Civil Veterinary Dept. Bombay admin report 1923-31 - 1923-1931
Year: 1923
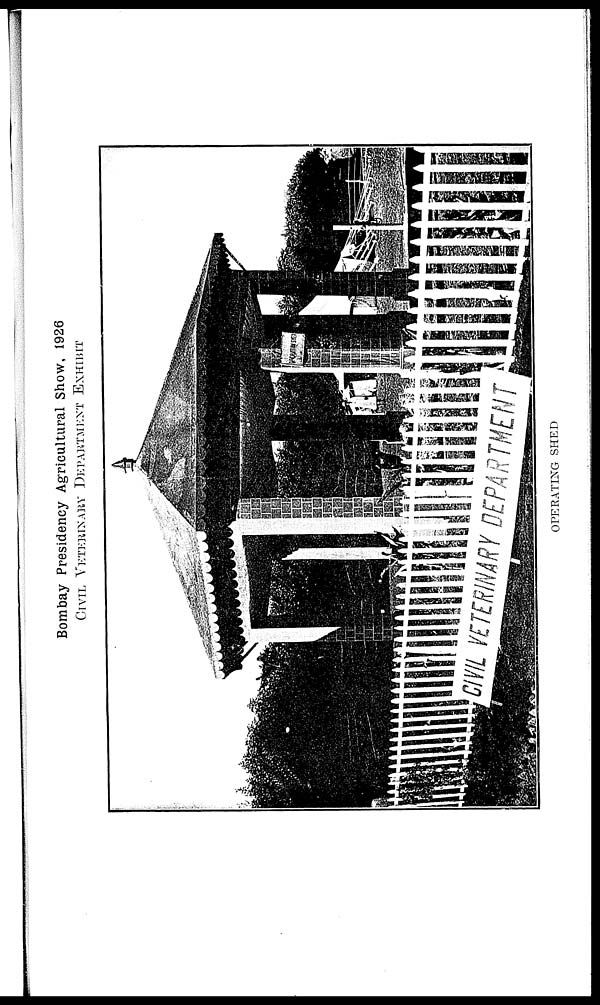
Bombay Presidency Agricultural Show, 1926
CIVIL VETERINARY DEPARTMENT EXHIBIT
OPERATING SHED